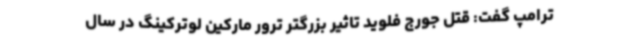
ترامپ گفت: قتل جورج فلوید تاثیر بزرگتر ترور مارکین لوترکینگ در سال